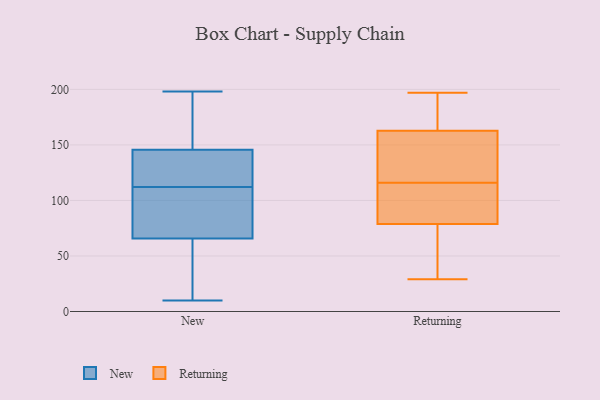
{"axis": {"x": "Latency (ms)", "y": "Value"}, "legend": ["New", "Returning"], "data": [{"x": "", "y": 81, "type": "New"}, {"x": "", "y": 165, "type": "New"}, {"x": "", "y": 198, "type": "New"}, {"x": "", "y": 54, "type": "New"}, {"x": "", "y": 128, "type": "New"}, {"x": "", "y": 149, "type": "New"}, {"x": "", "y": 112, "type": "New"}, {"x": "", "y": 107, "type": "New"}, {"x": "", "y": 41, "type": "New"}, {"x": "", "y": 64, "type": "New"}, {"x": "", "y": 152, "type": "New"}, {"x": "", "y": 135, "type": "New"}, {"x": "", "y": 71, "type": "New"}, {"x": "", "y": 136, "type": "New"}, {"x": "", "y": 10, "type": "New"}, {"x": "", "y": 84, "type": "Returning"}, {"x": "", "y": 96, "type": "Returning"}, {"x": "", "y": 67, "type": "Returning"}, {"x": "", "y": 29, "type": "Returning"}, {"x": "", "y": 197, "type": "Returning"}, {"x": "", "y": 127, "type": "Returning"}, {"x": "", "y": 124, "type": "Returning"}, {"x": "", "y": 195, "type": "Returning"}, {"x": "", "y": 186, "type": "Returning"}, {"x": "", "y": 92, "type": "Returning"}, {"x": "", "y": 116, "type": "Returning"}, {"x": "", "y": 184, "type": "Returning"}, {"x": "", "y": 173, "type": "Returning"}, {"x": "", "y": 129, "type": "Returning"}, {"x": "", "y": 31, "type": "Returning"}, {"x": "", "y": 77, "type": "Returning"}, {"x": "", "y": 132, "type": "Returning"}, {"x": "", "y": 94, "type": "Returning"}, {"x": "", "y": 51, "type": "Returning"}]}